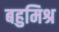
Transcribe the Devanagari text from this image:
बहुमिश्र